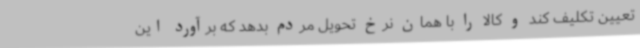
تعیین تکلیف کند و کالا را با همان نرخ تحویل مردم بدهد که برآورد این